Vaccine operations Central Provinces 1900-1911 - 1900-1911
Year: 1900
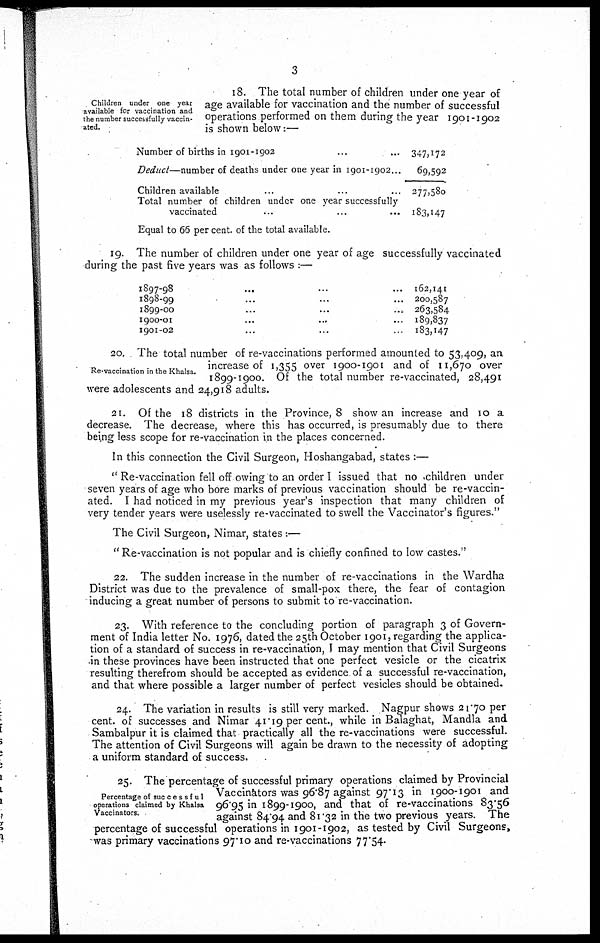
3
Children under one year
available for vaccination and
the number successfully vaccin-
ated.
18. The total number of children under one year of
age available for vaccination and the number of successful
operations performed on them during the year 1901-1902
is shown below:—
Number of births in 1901 -1902
Deduct—number of deaths under one year in 1901-1902...
Children available ... ... ...
Total number of children under one year successfully
vaccinated ... ... ...
347,I72
69,592
277,580
183,147
Equal to 66 per cent. of the total available.
19. The number of children under one year of age successfully vaccinated
during the past five years was as follows :—
1897-98 ... ... ...
1898-99 ... ... ...
1899-00 ... ... ...
1900-01 ... ... ...
1901-02 ... ... ...
162,141
200,587
263,584
189,837
183,147
Re-vaccination in the Khalsa.
20. The total number of re-vaccinations performed amounted to 53,409, an
increase of 1,355 over 1900-1901 and of 11,670 over
1899-1900. Of the total number re-vaccinated, 28,491
were adolescents and 24,918 adults.
21. Of the 18 districts in the Province, 8 show an increase and 10 a
decrease. The decrease, where this has occurred, is presumably due to there
being less scope for re-vaccination in the places concerned.
In this connection the Civil Surgeon, Hoshangabad, states :—
" Re-vaccination fell off owing to an order I issued that no children under
seven years of age who bore marks of previous vaccination should be re-vaccin-
ated. I had noticed in my previous year's inspection that many children of
very tender years were uselessly re-vaccinated to swell the Vaccinator's figures."
The Civil Surgeon, Nimar, states :—
" Re-vaccination is not popular and is chiefly confined to low castes."
22. The sudden increase in the number of re-vaccinations in the Wardha
District was due to the prevalence of small-pox there, the fear of contagion
inducing a great number of persons to submit to re-vaccination.
23. With reference to the concluding portion of paragraph 3 of Govern-
ment of India letter No. 1976, dated the 25th October 1901, regarding the applica-
tion of a standard of success in re-vaccination, I may mention that Civil Surgeons
in these provinces have been instructed that one perfect vesicle or the cicatrix
resulting therefrom should be accepted as evidence of a successful re-vaccination,
and that where possible a larger number of perfect vesicles should be obtained.
24. The variation in results is still very marked. Nagpur shows 21.70 per
cent. of successes and Nimar 41.1 per cent., while in Balaghat, Mandla and
Sambalpur it is claimed that practically all the re-vaccinations were successful.
The attention of Civil Surgeons will again be drawn to the necessity of adopting
a uniform standard of success.
Percentage of successful
operations claimed by Khalsa
Vaccinators.
25. The percentage of successful primary operations claimed by Provincial
Vaccinators was 96.87 against 97.13 in 1900-1901 and
96.95 in 1899-1900, and that of re-vaccinations 83.56
against 84.94 and 81.32 in the two previous years. The
percentage of successful operations in 1901-1902, as tested by Civil Surgeons,
was primary vaccinations 97.10 and re-vaccinations 77.54.